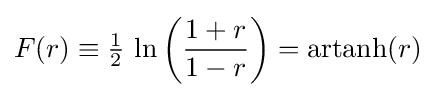
F(r)\equiv {\tfrac {1}{2}}\,\ln \left({\frac {1+r}{1-r}}\right)=\operatorname {artanh} (r)